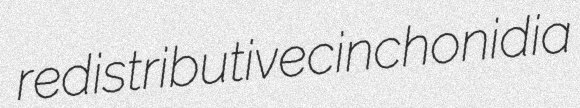
redistributive cinchonidia